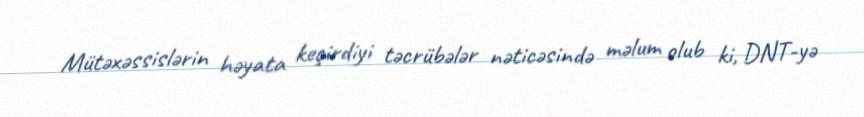
Mütəxəssislərin həyata keçirdiyi təcrübələr nəticəsində məlum olub ki, DNT-yə